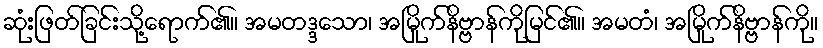
ဆုံးဖြတ်ခြင်းသို့ရောက်၏။ အမတဒ္ဒသော၊ အမြိုက်နိဗ္ဗာန်ကိုမြင်၏။ အမတံ၊ အမြိုက်နိဗ္ဗာန်ကို။